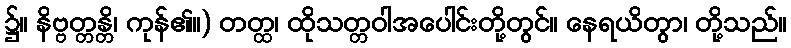
၌။ နိဗ္ဗတ္တန္တိ၊ ကုန်၏။) တတ္ထ၊ ထိုသတ္တဝါအပေါင်းတို့တွင်။ နေရယိတွာ၊ တို့သည်။